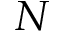
\cal N